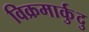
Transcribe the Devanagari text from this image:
विक्रमार्कुदु